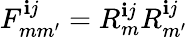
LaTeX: F_{mm^{\prime}}^{\mathbf{i}j}=R_{m}^{\mathbf{i}j}R_{m^{\prime}}^{\mathbf{i}j}